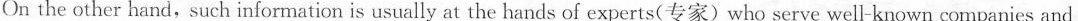
On the other hand, such information is usually at the hands of experts(专家)who serve well-known companies and